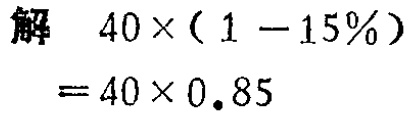
解 \(40\times(1 - 15\%) = 40\times0.85\)